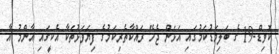
ކޮވިޑް-19 ގެ ބަލިމަޑުކަމުގައި އަޅަން ޖެހޭ ރައްކާތެރިކަމުގެ ފިޔަވަޅުތަކާ އެކީގައި އާންމު އާ